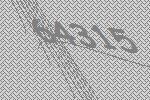
64315